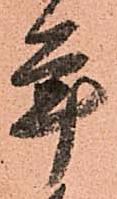
年